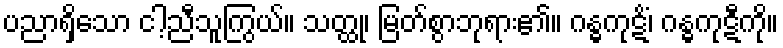
ပညာရှိသော ငါ့ညီသူကြွယ်။ သတ္ထု၊ မြတ်စွာဘုရား၏။ ဂန္ဓကုဋိံ၊ ဂန္ဓကုဋီကို။